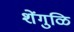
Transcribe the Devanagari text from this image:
शेंगुळि